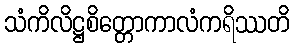
သံကိလိဋ္ဌစိတ္တောကာလံကရိဿတိ